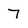
Character: 7